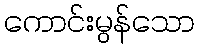
ကောင်းမွန်သော